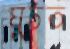
ঘুচত